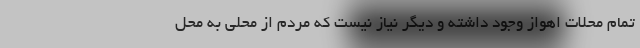
تمام محلات اهواز وجود داشته و دیگر نیاز نیست که مردم از محلی به محل